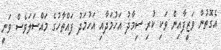
އެގޮތުން ވަޒީފާއިން ވަކި ކުރި ސިމާދު އަހުމަދާއި އަހުމަދު ފައްތާހުގެ މައްސަލަވެސް ވަނީ